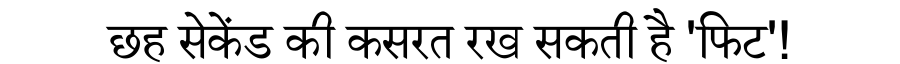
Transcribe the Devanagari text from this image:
छह सेकेंड की कसरत रख सकती है 'फिट'!